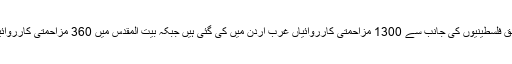
رپورٹ کے مطابق فلسطینیوں کی جانب سے 1300 مزاحمتی کارروائیاں غرب اردن میں کی گئی ہیں جبکہ بیت المقدس میں 360 مزاحمتی کارروائیاں رپورٹ ہوئیں۔